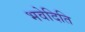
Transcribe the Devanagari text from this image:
भवेदिति